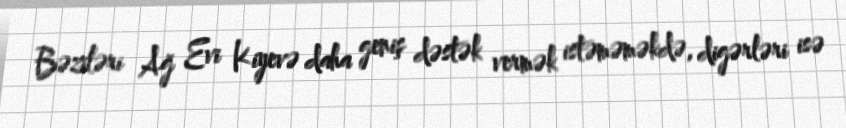
Bəziləri Ağ Evi Kiyevə daha geniş dəstək vermək istəməməkdə, digərləri isə